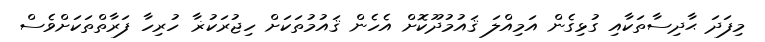
މިފަދަ ޙާދިސާތަކާއި ގުޅިގެން އަމިއްލަ ޤައުމުދޫކޮށް އެހެން ޤައުމުތަކަށް ހިޖުރަކުޜާ ހުރިހާ ފަރާތްތަކަށްވެސް